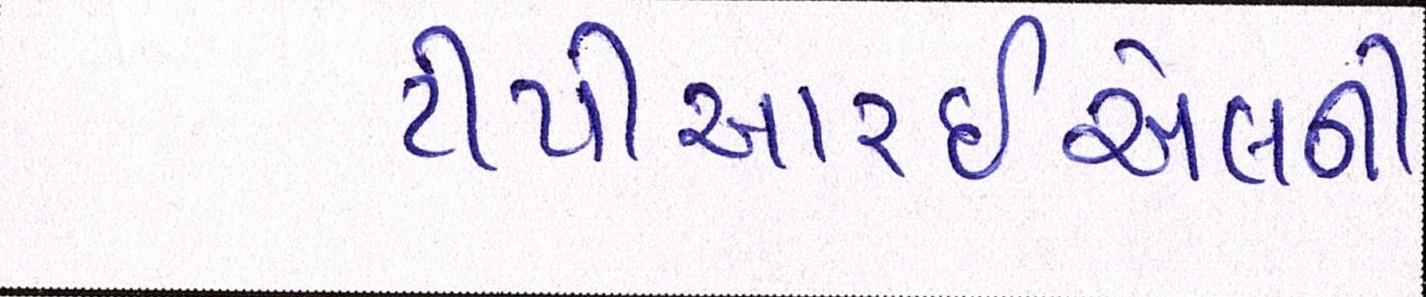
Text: ટીપીઆરઇએલની